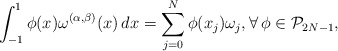
\begin{align*}\int_{-1}^1 \phi(x) \omega^{(\alpha,\beta)}(x)\,dx=\sum_{j=0}^N \phi(x_j)\omega_j,\forall\, \phi\in {\mathcal P}_{2N-1},\end{align*}